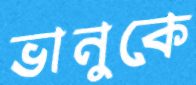
ভানুকে